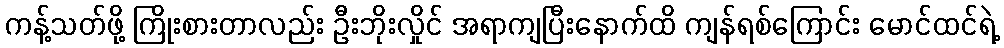
ကန့်သတ်ဖို့ ကြိုးစားတာလည်း ဦးဘိုးလှိုင် အရာကျပြီးနောက်ထိ ကျန်ရစ်ကြောင်း မောင်ထင်ရဲ့